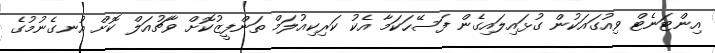
އިންޓަނެޓް ވިއުގައަކުން ގުޅައިލައިގެން ފަސޭހަކަމާ އެކު ކަރިކިއުލަމް ތަންފީޒުކޮށް ވާޗުއަލް ކޮށް އުނގެނުމުގެ